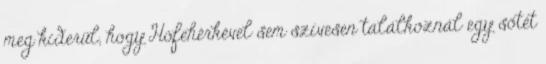
meg kiderül, hogy Hófehérkével sem szívesen találkoznál egy sötét